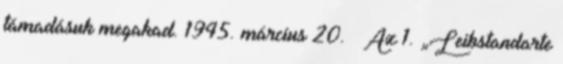
támadásuk megakad. 1945. március 20. – Az 1. „Leibstandarte